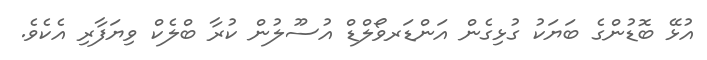
އުޅޭ ބޮޑުންގެ ބަޔަކު ގުޅިގެން އަންޑަރވޯލްޑް އުސޫލުން ކުރާ ބްލެކް ވިޔަފާރި އެކެވެ.